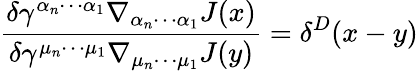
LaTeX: \frac{\delta\gamma^{\alpha_{n}\cdots\alpha_{1}}\nabla_{\alpha_{n}\cdots\alpha_{1}}J(x)}{\delta\gamma^{\mu_{n}\cdots\mu_{1}}\nabla_{\mu_{n}\cdots\mu_{1}}J(y)}=\delta^{D}(x-y)